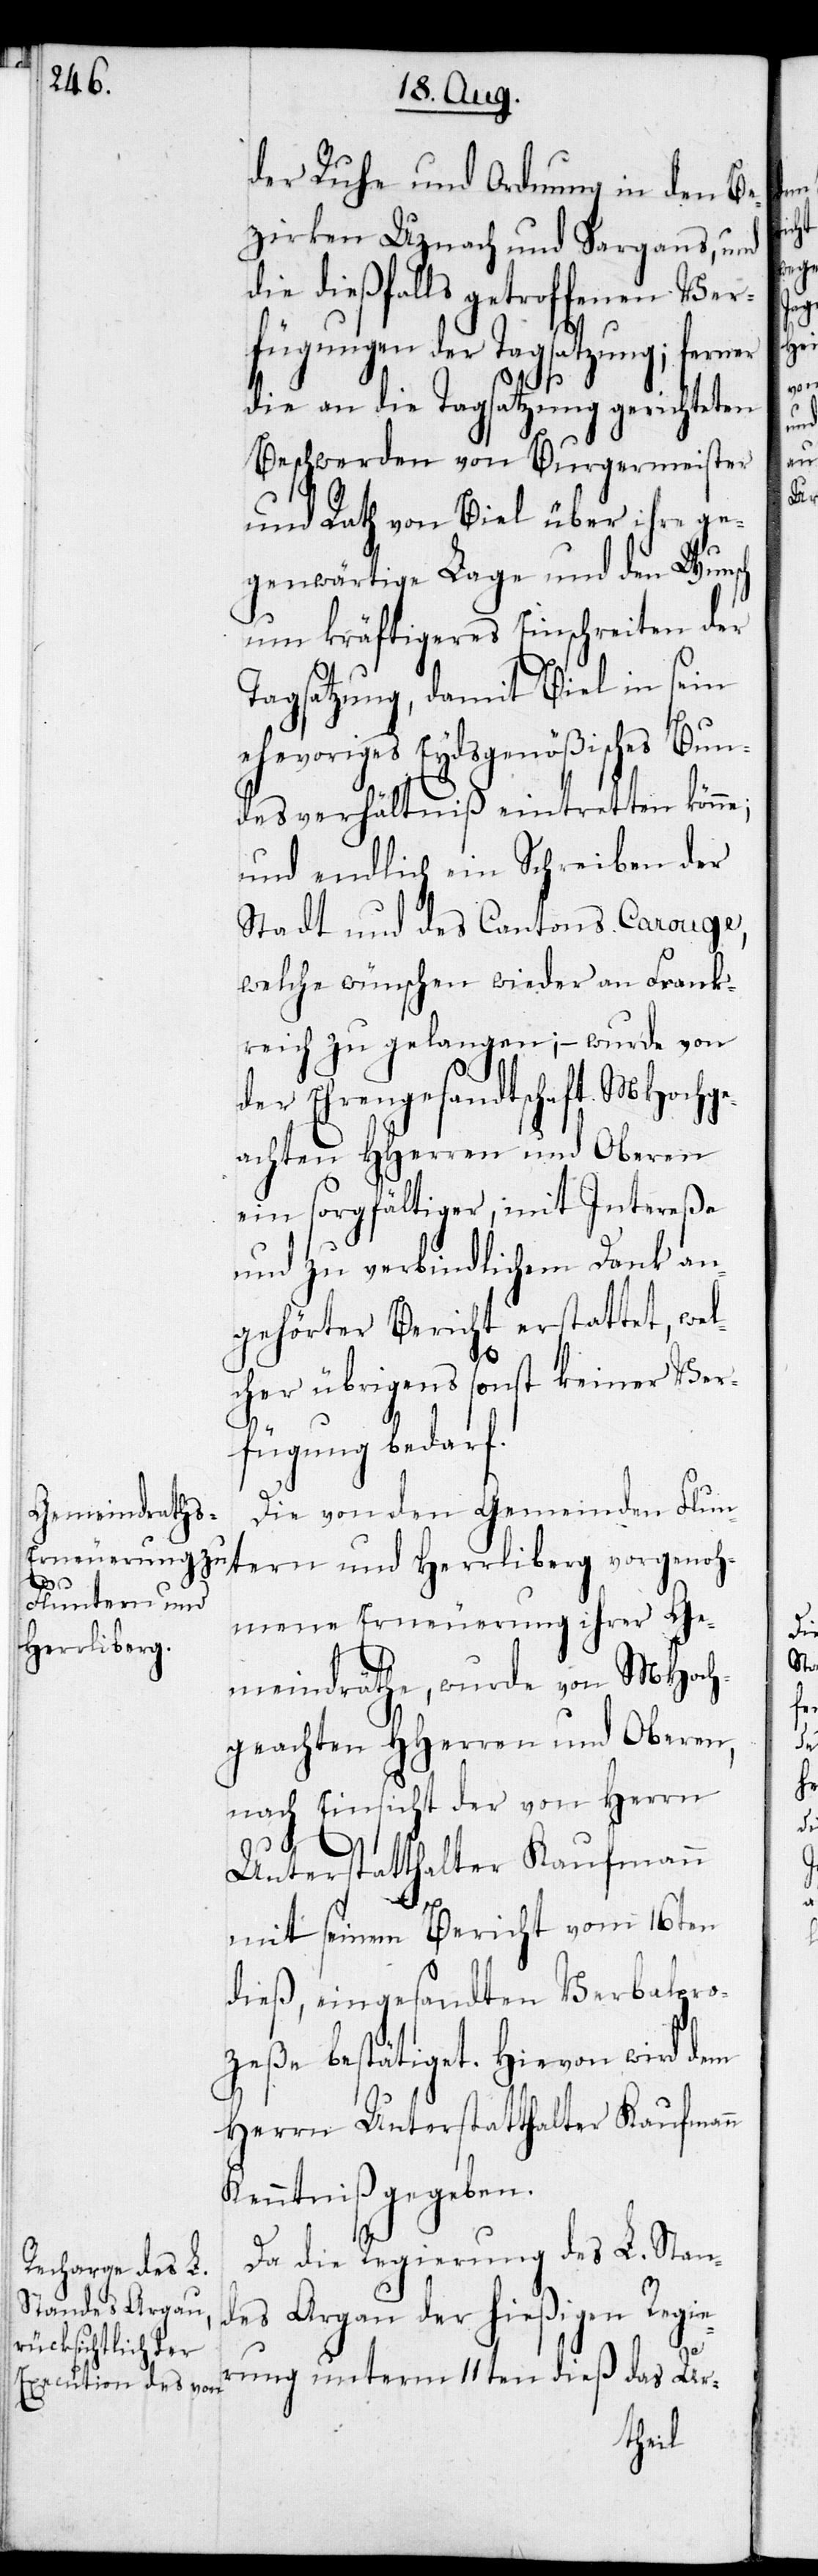
der Ruhe und Ordnung in den Be¬
zirken Uznach und Sargans, und
dießfalls getroffenen Ver¬
fügungen der Tagsatzung; ferner
die an die Tagsatzung gerichteten
Beschwerden von Burgermeister
und Rath von Biel über ihre ge¬
genwärtige Lage und den Wunsch
um kräftigeres Einschreiten der
Tagsatzung, damit Biel in sein
ehevoriges Eydsgenößisches Bun¬
desverhältniß eintretten könne;
und endlich ein Schreiben der
Stadt und des Cantons Carouge,
welche wünschen, wieder an Frank¬
reich zu gelangen; – wurde von
der Ehrengesandtschaft MHoch¬
ein sorgfältiger, mit Intereße
und zu verbindlichem Dank an¬
gehörter Bericht erstattet, wel¬
cher übrigens sonst keiner Ver¬
fügung bedarf.
Die von den Gemeinden Flu¬
geno¬
ntern und
hmene Erneuerung ihrer Ge¬
Herrliberg
meindräthe, wurde von MHoch¬
geachten HHerren und Oberen,
nach Einsicht der von Herrn
Unterstatthalter Kaufmann
mit seinem Bericht vom 16ten
dieß, eingesandten Verbalpro¬
zeße bestätiget. Hievon wird dem
Herrn Unterstatthalter Kaufmann
Kenntniß gegeben.
Da die Regierung des L. Stan¬
des Argau der hießigen Regie¬
rung unterm 11ten dieß das Ur-